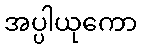
အပ္ပါယုကော